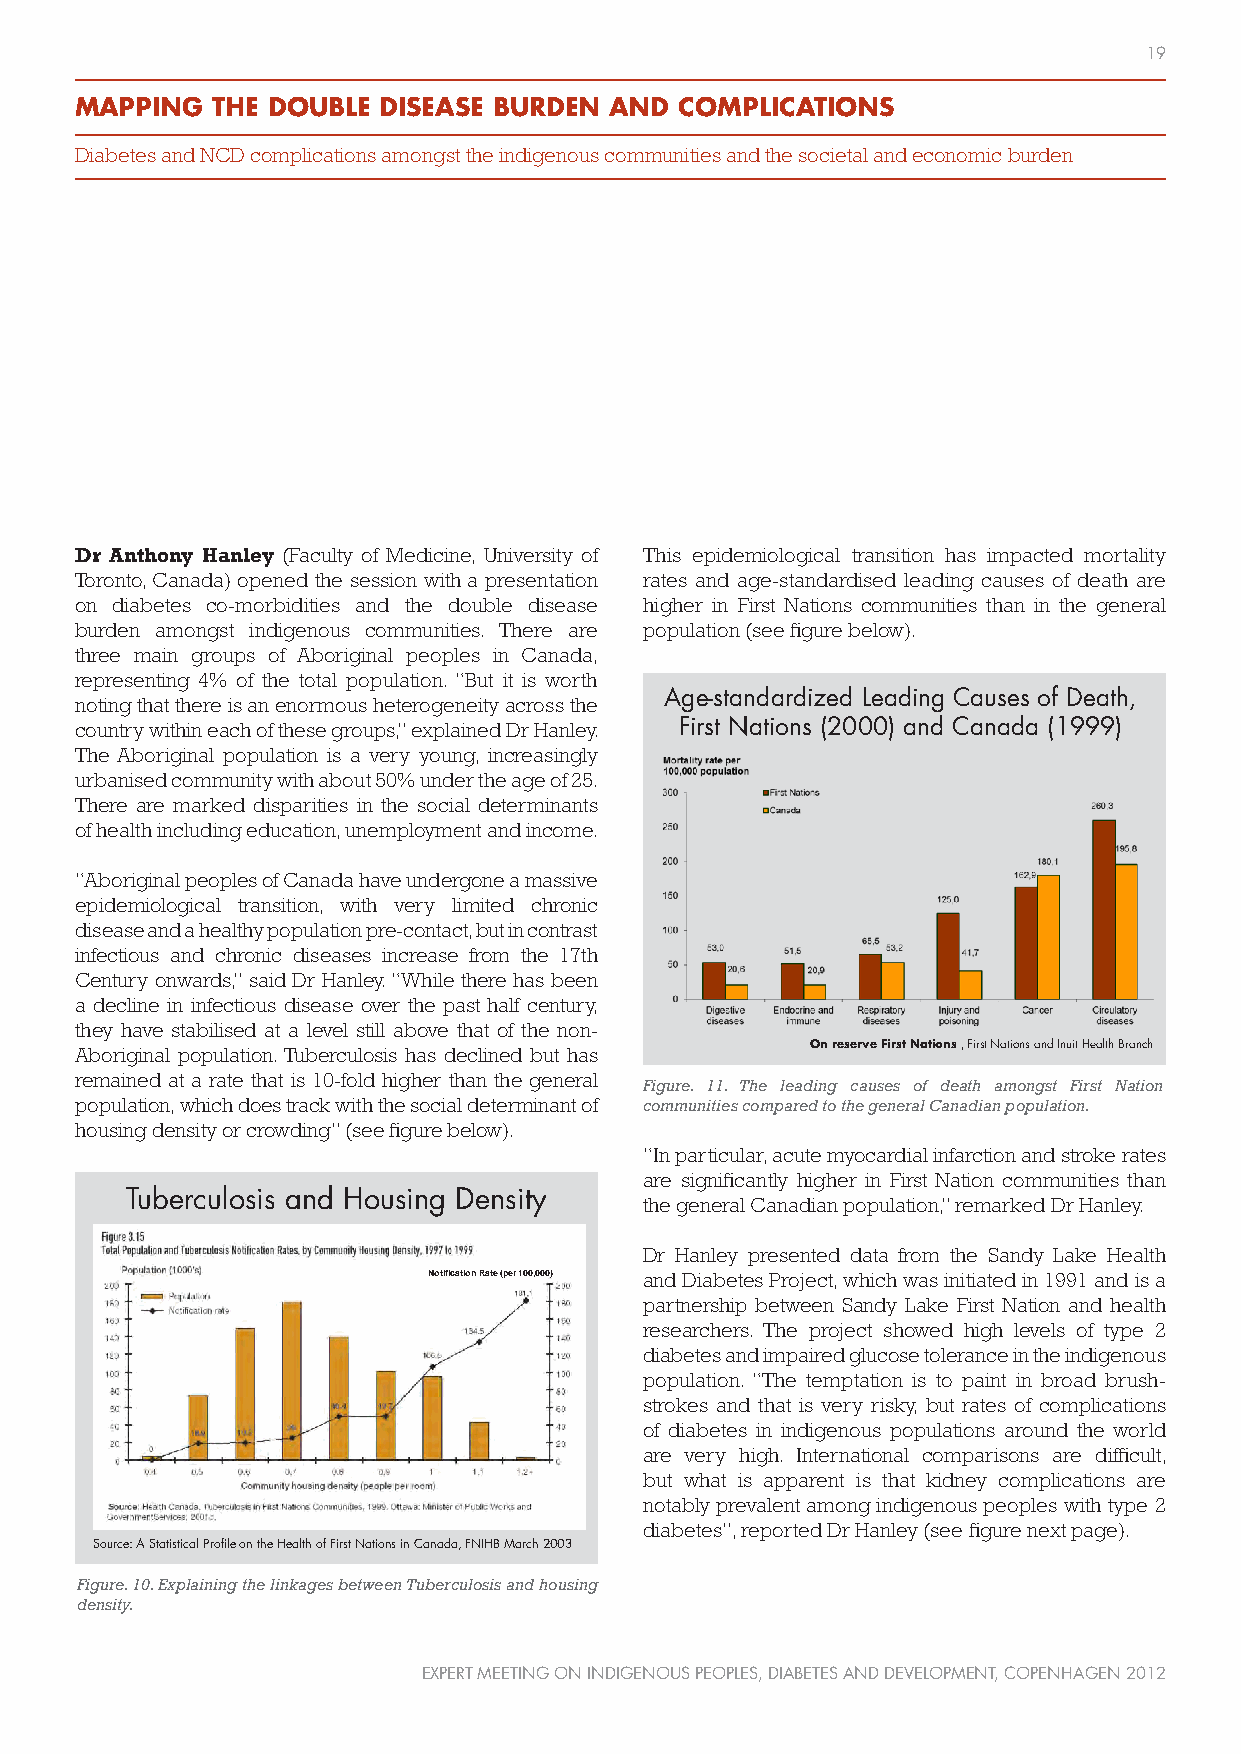
19
 MAPPING  THE DOUBLE DISEASE BURDEN AND  COMPLICATIONS
 Diabetes and NCD complications amongst the indigenous communities and the societal and economic burden
 Dr Anthony Hanley (Faculty of Medicine, University of This epidemiological transition has impacted mortality
 Toronto, Canada) opened the session with a presentation rates and age-standardised leading causes of death are
 on diabetes co-morbidities and the double disease higher in First Nations communities than in the general
 burden amongst indigenous communities. There are population (see figure below).
 three main groups of Aboriginal peoples in Canada,
 representing 4% of the total population. “But it is worth
 Age-standardized Leading Causes of Death,
 noting that there is an enormous heterogeneity across the
 country within each of these groups,” explained Dr Hanley. First Nations (2000) and Canada (1999)
 The Aboriginal population is a very young, increasingly
 urbanised community with about 50% under the age of 25.
 There are marked disparities in the social determinants
 of health including education, unemployment and income.
 “Aboriginal peoples of Canada have undergone a massive
 epidemiological transition, with very limited chronic
 disease and a healthy population pre-contact, but in contrast
 infectious and chronic diseases increase from the 17th
 Century onwards,” said Dr Hanley. “While there has been
 a decline in infectious disease over the past half century,
 they have stabilised at a level still above that of the non-
 On reserve First Nations , First Nations and Inuit Health Branch
 Aboriginal population. Tuberculosis has declined but has
 remained at a rate that is 10-fold higher than the general
 Figure. 11. The leading causes of death amongst First Nation
 population, which does track with the social determinant of communities compared to the general Canadian population.
 housing density or crowding” (see figure below).
 “In particular, acute myocardial infarction and stroke rates
 are significantly higher in First Nation communities than
 Tuberculosis and Housing Density
 the general Canadian population,” remarked Dr Hanley.
 Dr Hanley presented data from the Sandy Lake Health
 Notification Rate (per 100,000) and Diabetes Project, which was initiated in 1991 and is a
 partnership between Sandy Lake First Nation and health
 researchers. The project showed high levels of type 2
 diabetes and impaired glucose tolerance in the indigenous
 population. “The temptation is to paint in broad brush-
 strokes and that is very risky, but rates of complications
 of diabetes in indigenous populations around the world
 are very high. International comparisons are difficult,
 but what is apparent is that kidney complications are
 notably prevalent among indigenous peoples with type 2
 diabetes”, reported Dr Hanley (see figure next page).
 Source: A Statistical Profile on the Health of First Nations in Canada, FNIHB March 2003
 Figure. 10. Explaining the linkages between Tuberculosis and housing
 density.
 EXPERT MEETING ON INDIGENOUS PEOPLES, DIABETES AND DEVELOPMENT, COPENHAGEN 2012